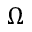
\Omega